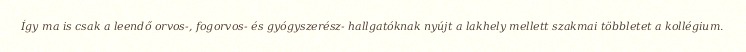
Így ma is csak a leendő orvos-, fogorvos- és gyógyszerész- hallgatóknak nyújt a lakhely mellett szakmai többletet a kollégium.